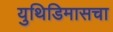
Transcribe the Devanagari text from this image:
युथिडिमासचा